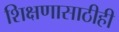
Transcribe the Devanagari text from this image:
शिक्षणासाठीही